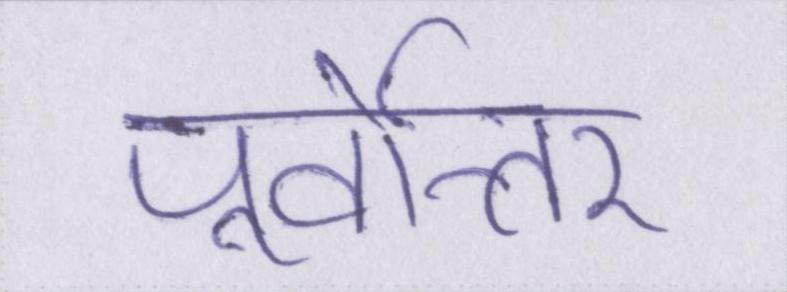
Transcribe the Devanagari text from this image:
पूर्वोत्तर